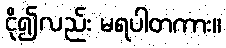
ငို၍လည်း မရပါတကား။